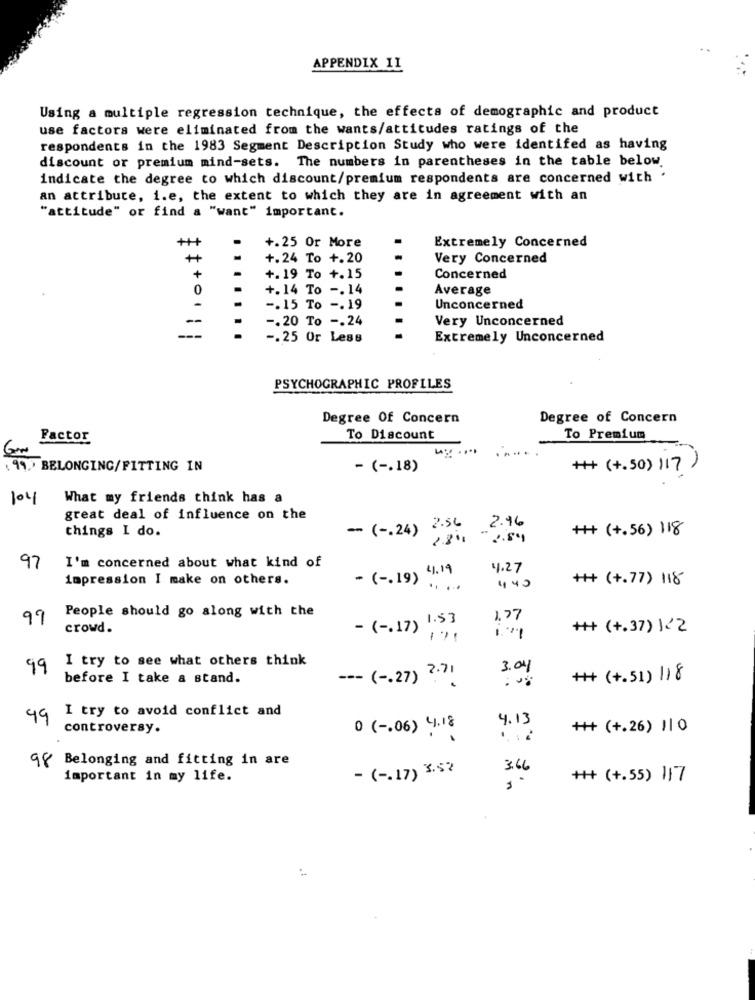
APPENDIX II
Using a multiple regression technique, the effects of demographic and product
use factors were eliminated from the wants/attitudes ratings of the
respondents in the 1983 Segment Description Study who were identifed as having
discount or premium mind-sets. The numbers in parentheses in the table below.
indicate the degree to which discount/premium respondents are concerned with .
an attribute, i.e, the extent to which they are in agreement with an
"attitude" or find a "want" important.
+++
+.25 Or More
Extremely Concerned
++
+.24 To +.20
Very Concerned
+
+.19 To +.15
Concerned
0
+.14 To -. 14
Average
-. 15 To -. 19
Unconcerned
--
-. 20 To -. 24
Very Unconcerned
-
-. 25 Or Less
Extremely Unconcerned
PSYCHOGRAPHIC PROFILES
Degree Of Concern
Degree of Concern
Factor
To Discount
To Premium
( 99) BELONGING/FITTING IN
- ( -. 18)
++ (+.50) 117
104
What my friends think has a
great deal of influence on the
2.96
things I do.
- ( -. 24) 2.56
++ (+.56) 118
28"1
" 2.84
97
I'm concerned about what kind of
4.27
impression I make on others.
- ( -. 19) 4.19
+++ (+.77) 118
....
440
People should go along with the
99
1.53
1,77
crowd.
- ( -. 17)
++ (+.37) 122
99
I try to see what others think
3.04
before I take a stand.
--- ( -. 27) 2.71
++ (+.51) 11 8
I try to avoid conflict and
49
4.13
controversy.
+++ (+.26) 110
0 ( -. 06) 4.18
98 Belonging and fitting in are
3.66
important in my life.
- ( -. 17) 3.52
+++ (+.55) 117
n